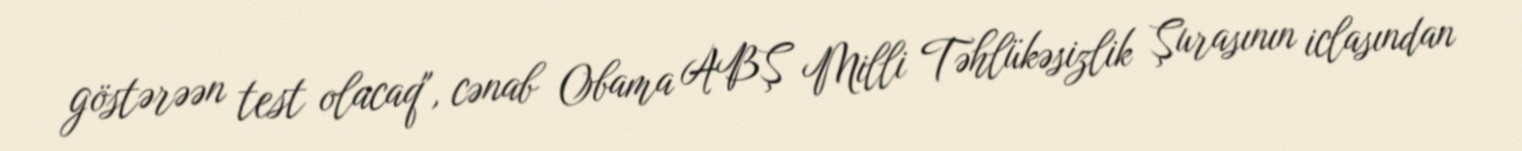
göstərəən test olacaq", cənab Obama ABŞ Milli Təhlükəsizlik Şurasının iclasından